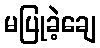
မပြုခဲ့ချေ